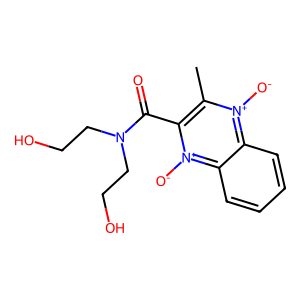
SMILES: Cc1c(C(=O)N(CCO)CCO)[n+]([O-])c2ccccc2[n+]1[O-]
Inhibits HIV replication: No